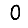
Digit: 0